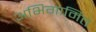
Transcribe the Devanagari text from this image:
अभिगामित